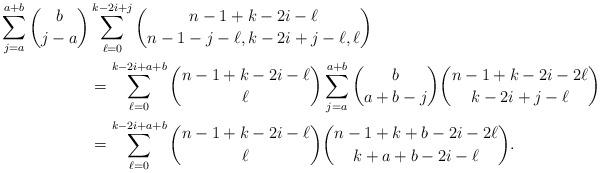
LaTeX: \begin{align*}\sum_{j=a}^{a+b}\binom b{j-a}&\sum_{\ell=0}^{k-2i+j}\binom {{n-1}+k-2i-\ell}{{n-1}-j-\ell,k-2i+j-\ell,\ell}\\&=\sum_{\ell=0}^{k-2i+a+b}\binom {{n-1}+k-2i-\ell}{\ell}\sum_{j=a}^{a+b}\binom b{a+b-j}\binom {{n-1}+k-2i-2\ell}{k-2i+j-\ell}\\&=\sum_{\ell=0}^{k-2i+a+b}\binom {{n-1}+k-2i-\ell}{\ell}\binom {{n-1}+k+b-2i-2\ell}{k+a+b-2i-\ell}.\end{align*}